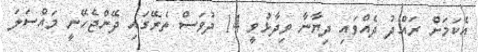
އެކަމަށް ރައްދު ދެއްވައި ދިޔާނާ ވިދާޅުވީ 14 ދުވަސް ތެރޭގައި ދޭންޖެހޭނީ މައްސަލަ